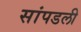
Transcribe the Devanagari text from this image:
सांपडली